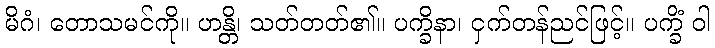
မိဂံ၊ တောသမင်ကို။ ဟန္တိ၊ သတ်တတ်၏။ ပက္ခိနာ၊ ငှက်တန်ညင်ဖြင့်။ ပက္ခိံ ဝါ